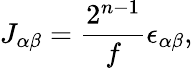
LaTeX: J_{\alpha\beta}=\frac{2^{n-1}}{f}\epsilon_{\alpha\beta},